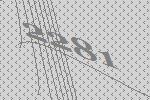
2281